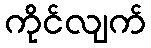
ကိုင်လျက်